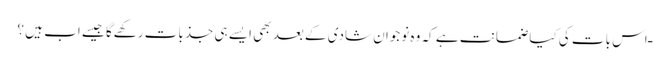
ـ اس بات کی کیا ضمانت ہے کہ وہ نوجوان شادی کے بعد بھی ایسے ہی جذبات رکھےگا جیسے اب ہیں ؟